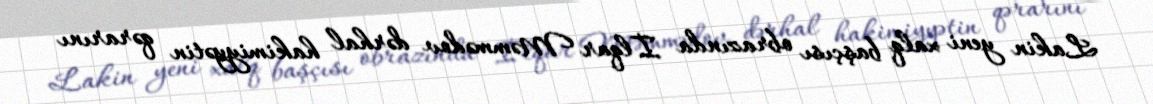
Lakin yeni xalq başçısı obrazında İlqar Məmmədov dərhal hakimiyyətin qərarını